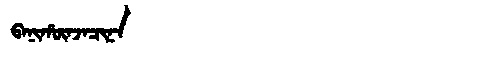
Manchu: ᠪᠠᠨᡳᡥᡡᠨᠵᠠᠴᡳᠨᠠ
Romanization: BANIHŪNJACINA